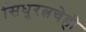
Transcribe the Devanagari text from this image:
सिंधुरत्नचेही